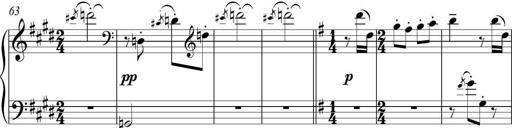
Title: Sonatina del HuÃ©car
Composer: JosÃ© Miguel Moreno Sabio